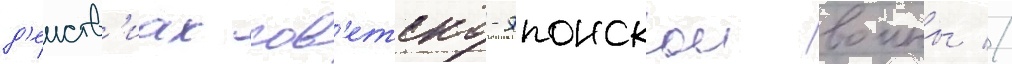
д'еиств'иах сов'етско-японскои воины //